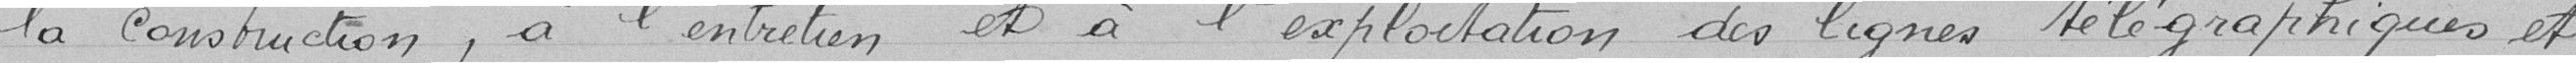
la construction, à l'entretien et à l'exploitation des lignes télégraphiques et